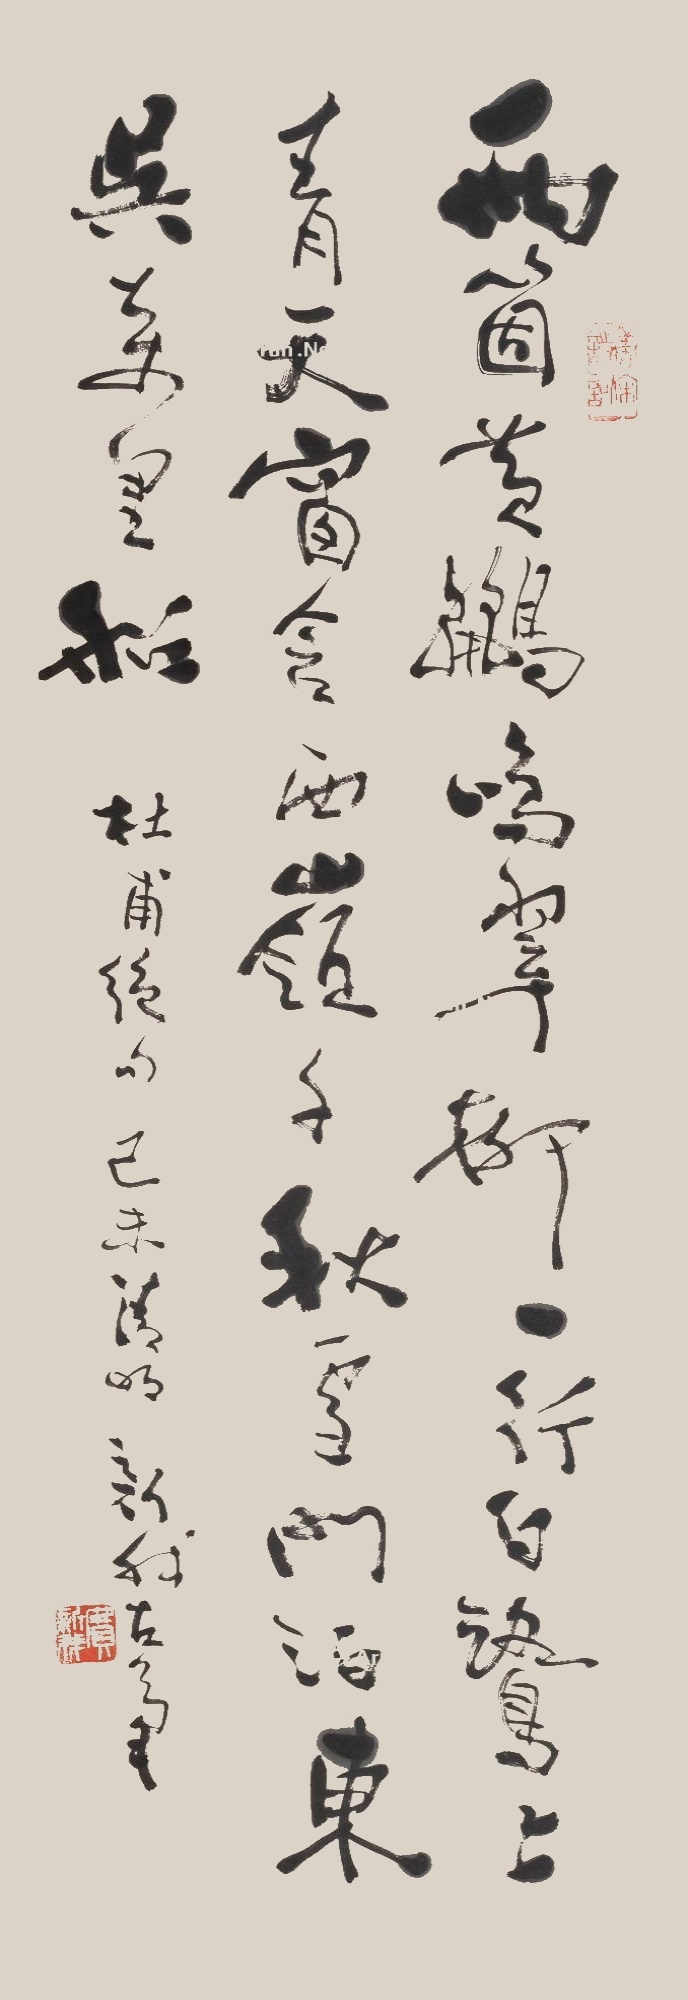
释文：两个黄鹂鸣翠柳，一行白鹭上青天。窗含西岭千秋雪，门泊东吴万里船。杜甫绝句，己未清明，新我左笔。